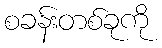
စခန်းတစ်ခုကို